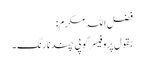
فضل اللہ مکرم:
بقول پروفیسر گوپی چند نارنگ۔